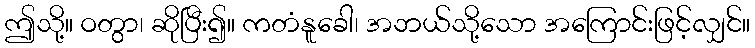
ဤသို့။ ဝတွာ၊ ဆိုပြီး၍။ ကတံနူခေါ၊ အဘယ်သို့သော အကြောင်းဖြင့်လျှင်။